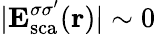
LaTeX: |{\mathbf E}_{\mathrm{{sca}}}^{\sigma\sigma^{\prime}}({\mathbf r})|\sim 0